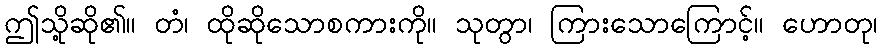
ဤသို့ဆို၏။ တံ၊ ထိုဆိုသောစကားကို။ သုတွာ၊ ကြားသောကြောင့်။ ဟောတု၊